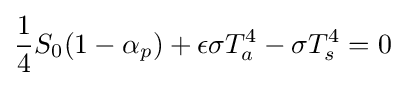
{\frac {1}{4}}S_{0}(1-\alpha _{p})+\epsilon \sigma T_{a}^{4}-\sigma T_{s}^{4}=0